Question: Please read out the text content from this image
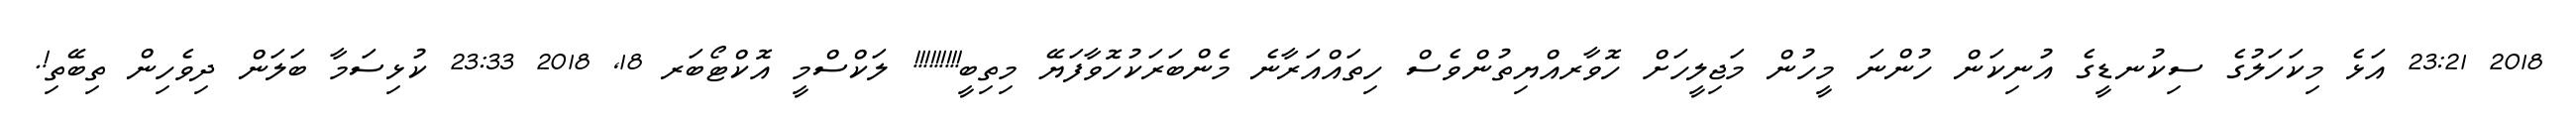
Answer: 2018 23:21 އަޅެ މިކަހަލުގެ ސިކުނޑީގެ އުނިކަން ހުންނަ މީހުން މަޖިލީހަށް ހޮވާރއްޔިތުންވެސް ހިތައްއަރާނެ މެންބަރަކުހޮވާފަޔޭ މިތިބީ!!!!!!!!! ލަކްސްމީ އޮކްޓޯބަރ 18, 2018 23:33 ކުޅިސަމާ ބަލަން ދިވެހިން ތިބޭތި!.